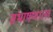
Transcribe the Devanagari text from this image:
संभाषणाला